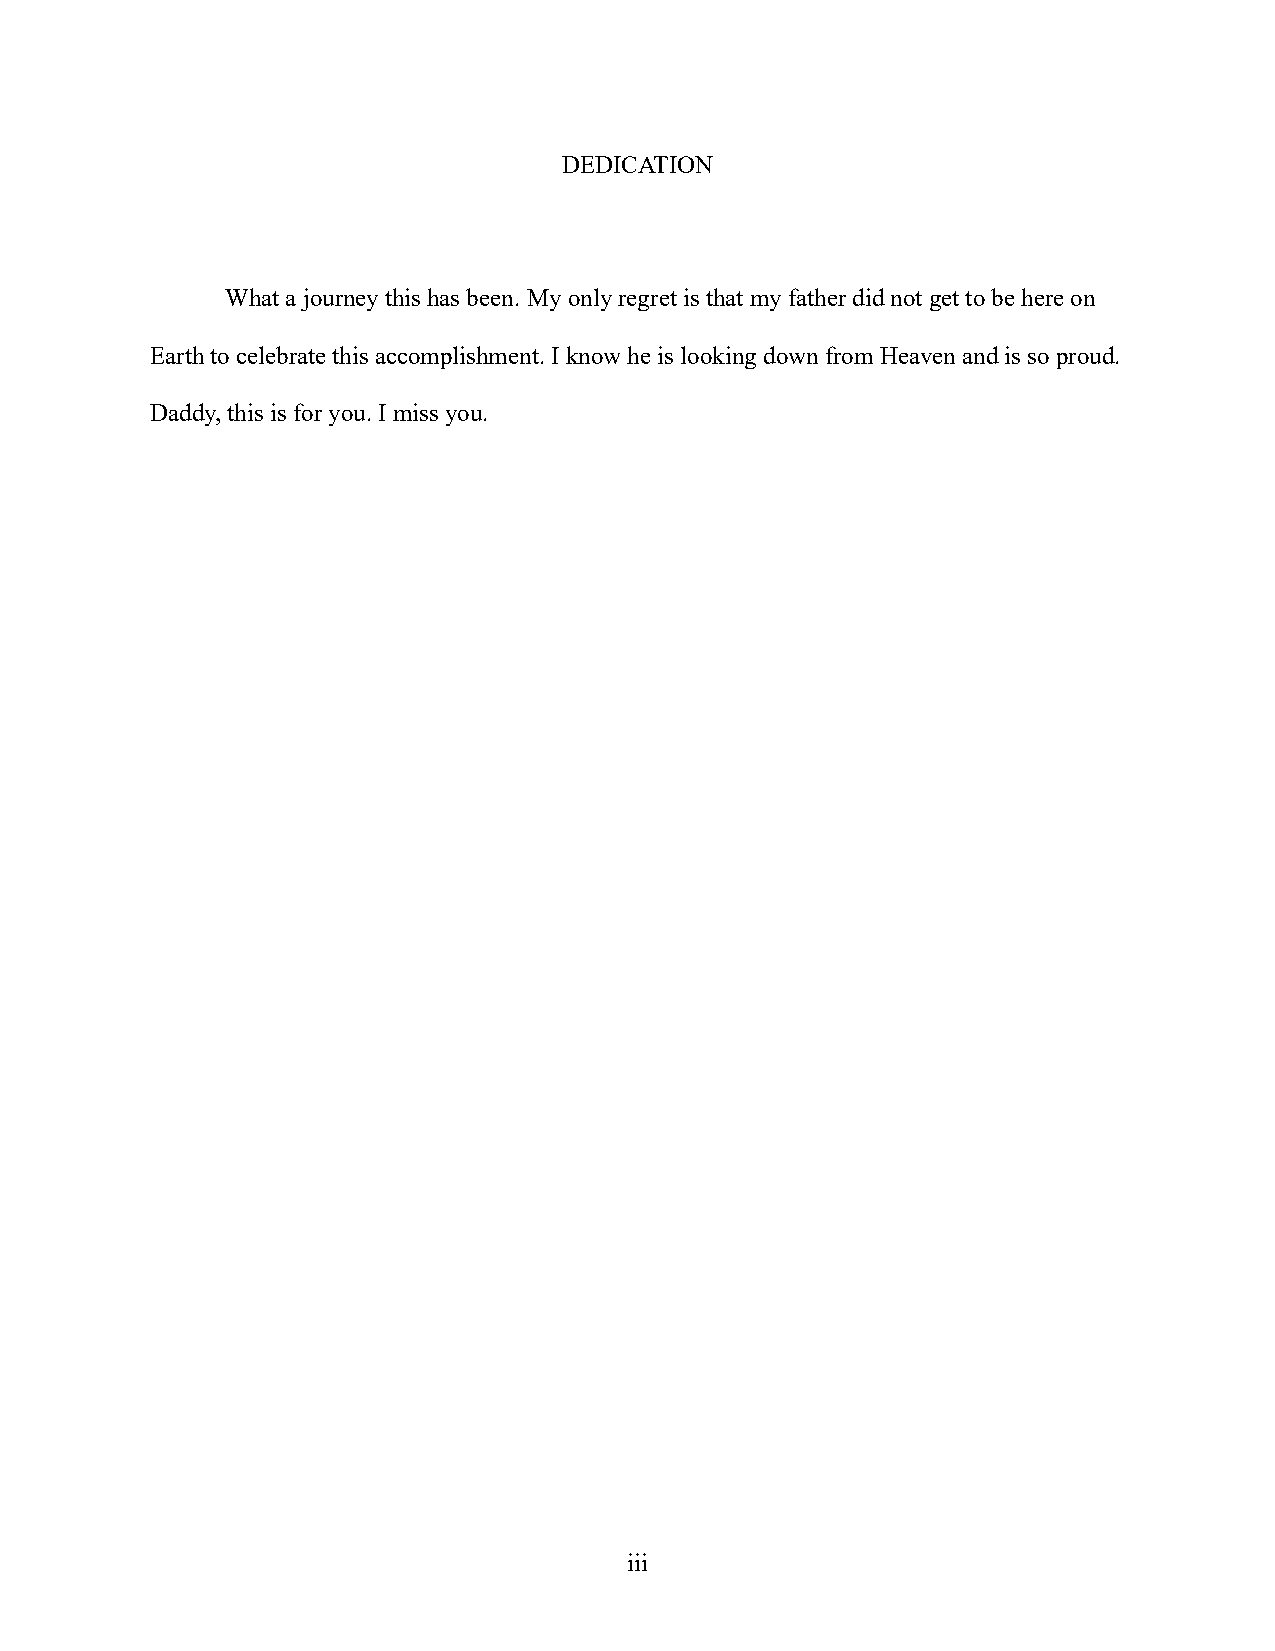
DEDICATION
 What a journey this has been. My only regret is that my father did not get to be here on
 Earth to celebrate this accomplishment. I know he is looking down from Heaven and is so proud.
 Daddy, this is for you. I miss you.
 iii